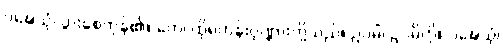
ဝဍ္ဎေသုံ၊ ပွားစေကုန်၏။ တေ၊ ထိုရဟန်းပုဏ္ဏားတို့သည်။ ဥပဓိံ၊ ဥပဓိကို။ ဝဍ္ဎေသုံ၊